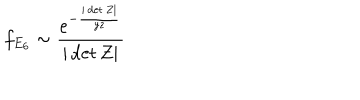
LaTeX: f _ { E _ { 6 } } \sim \frac { e ^ { - \frac { | \det Z | } { y z } } } { | \det Z | }